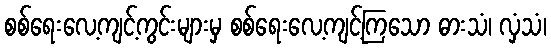
စစ်ရေးလေ့ကျင့်ကွင်းများမှ စစ်ရေးလေ့ကျင့်ကြသော ဓားသံ၊ လှံသံ၊